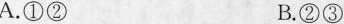
A.①② B.②③